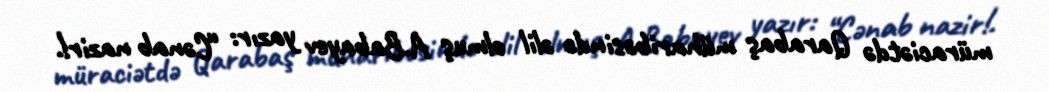
müraciətdə Qarabaş müharibəsində əlil olmuş A.Babayev yazır: “Cənab nazir!.